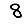
Digit: 8